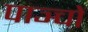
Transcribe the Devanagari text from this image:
पाञ्चों